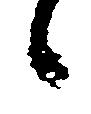
候